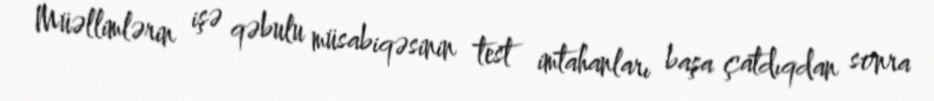
Müəllimlərin işə qəbulu müsabiqəsinin test imtahanları başa çatdıqdan sonra